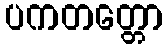
ပကတတ္တော